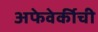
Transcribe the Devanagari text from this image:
अफेवेर्कीची